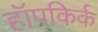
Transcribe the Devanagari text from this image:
हॉपकिर्क